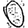
Digit: 0